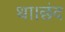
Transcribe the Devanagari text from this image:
था।छंद